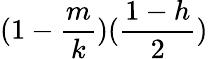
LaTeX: (1-\frac{m}{k})(\frac{1-h}{2})